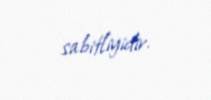
sabitliyidir.